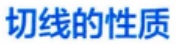
切线的性质